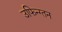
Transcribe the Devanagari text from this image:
उफिन्ग्तन